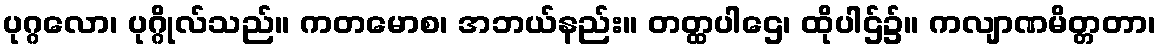
ပုဂ္ဂလော၊ ပုဂ္ဂိုလ်သည်။ ကတမောစ၊ အဘယ်နည်း။ တတ္ထပါဌေ၊ ထိုပါဌ်၌။ ကလျာဏမိတ္တတာ၊